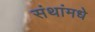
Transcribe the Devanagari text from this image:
संथांमधे